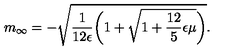
m _ { \infty } = - \sqrt { \frac { 1 } { 1 2 \epsilon } \biggl ( 1 + \sqrt { 1 + \frac { 1 2 } { 5 } \epsilon \mu } \biggr ) } .